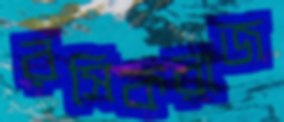
রসিকরাজ